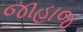
જાહાજ